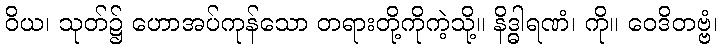
ဝိယ၊ သုတ်၌ ဟောအပ်ကုန်သော တရားတို့ကိုကဲ့သို့။ နိဒ္ဓါရဏံ၊ ကို။ ဝေဒိတဗ္ဗံ၊